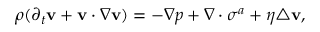
\rho ( \partial _ { t } \mathbf { v } + \mathbf { v } \cdot \nabla \mathbf { v } ) = - \nabla p + \nabla \cdot \boldsymbol { \sigma } ^ { a } + \eta \triangle \mathbf { v } ,